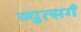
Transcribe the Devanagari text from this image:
व्युत्सगँ